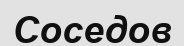
Соседов